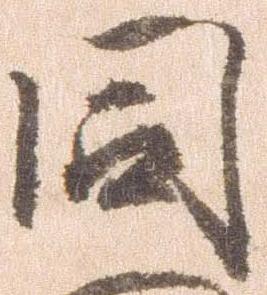
同